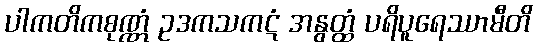
ပါကတိကစုဏ္ဏံ ဥဒကသကဋံ အနွတ္ထံ ပရိပူရေဿာမီတိ